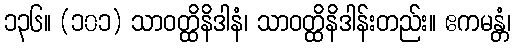
၁၃၆။ (၁၀၁) သာဝတ္ထိနိဒါနံ၊ သာဝတ္ထိနိဒါန်းတည်း။ ဧကမန္တံ၊